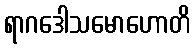
ရာဂဒေါသမောဟောတိ